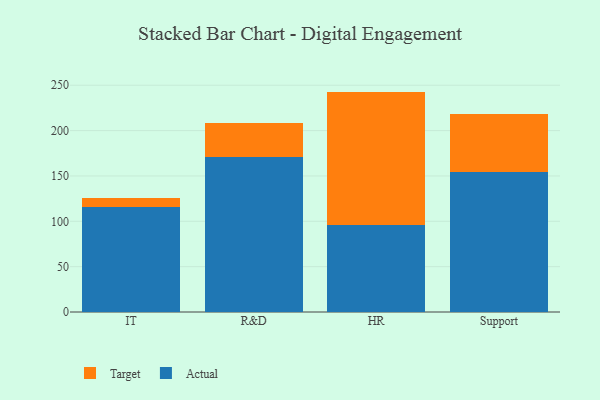
{"axis": {"x": "Department", "y": "Churn Rate (%)"}, "legend": ["Actual", "Target"], "data": [{"x": "IT", "y": 115.6, "type": "Actual"}, {"x": "IT", "y": 10.3, "type": "Target"}, {"x": "R&D", "y": 171.0, "type": "Actual"}, {"x": "R&D", "y": 37.1, "type": "Target"}, {"x": "HR", "y": 95.5, "type": "Actual"}, {"x": "HR", "y": 147.5, "type": "Target"}, {"x": "Support", "y": 154.2, "type": "Actual"}, {"x": "Support", "y": 64.6, "type": "Target"}]}